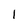
Character: 1